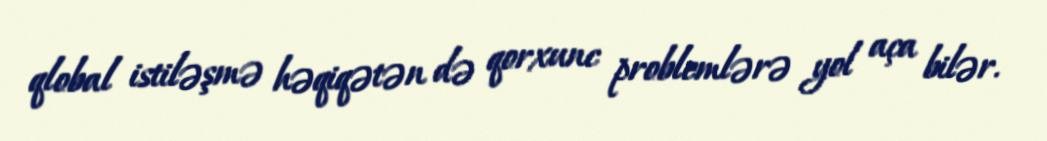
qlobal istiləşmə həqiqətən də qorxunc problemlərə yol aça bilər.